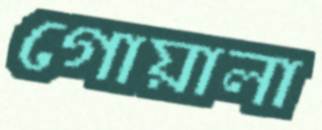
গোয়ালা